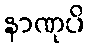
နာဏုပိ